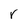
Character: r